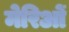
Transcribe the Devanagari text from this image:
मेरिओं